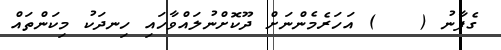
ގެފާނު (   ) އަހަރެމެންނަށް ދޫކޮށްނުލައްވާހައި ހިނދަކު މިކަންތައް